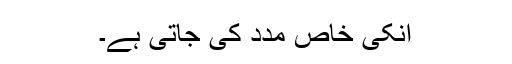
انکی خاص مدد کی جاتی ہے۔